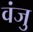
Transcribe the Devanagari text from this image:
वंजु